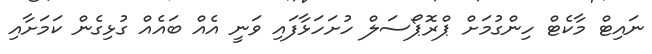
ނައިޓް މާކެޓް ހިންގުމަށް ޕްރޮޕޯސަލް ހުށަހަޅާފައި ވަނީ އެއް ބައެއް ގުޅިގެން ކަމަށާއި